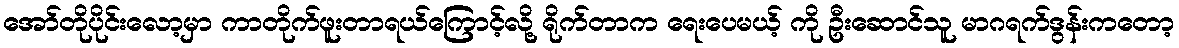
အော်တိုပိုင်းလော့မှာ ကာတိုက်ဖူးတာရယ်ကြောင့်လို့ ရိုက်တာက ရေးပေမယ့် ကို ဦးဆောင်သူ မာဂရက်ဒွန်းကတော့